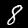
Digit: 8